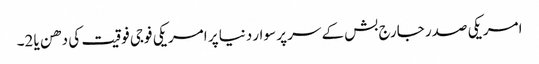
امریکی صدر جارج بش کے سر پر سوار دنیا پر امریکی فوجی فوقیت کی دھن یا 2۔